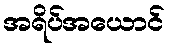
အရိပ်အယောင်